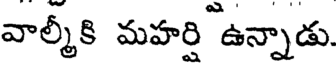
వాల్మీకి మహర్షి ఉన్నాడు.